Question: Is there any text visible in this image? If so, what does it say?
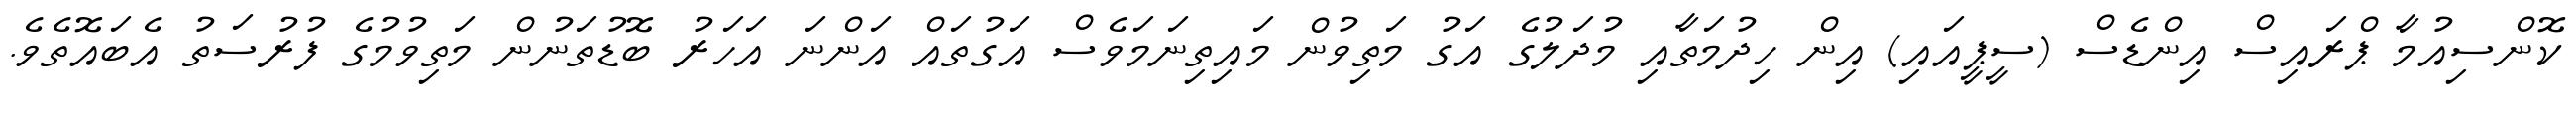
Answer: ކޮންސިއުމާ ޕްރައިސް އިންޑެސް (ސީޕީއައި) އިން ހިދުމަތާއި މުދަލުގެ އަގު މަތިވުން މައިތިނަމަވެސް އަގުތައް އަންނަ އަހަރު ބޮޑުތަނުން މަތިވުމުގެ ފުރުސަތު އެބައޮތެވެ.